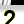
Digit: 2